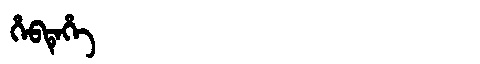
Manchu: ᡥᡝᠪᡨᡝᡥᡝ
Romanization: HEBTEHE